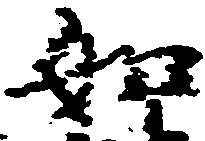
如